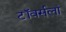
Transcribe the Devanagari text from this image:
टॉवर्सला